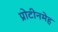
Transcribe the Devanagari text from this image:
प्रोटीनमेह